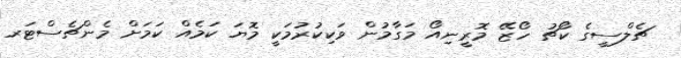
ޗެލްސީގެ ކޯޗު ހޯޒޭ މޮރީނިއޯ މަގާމުން ވަކިކުރުމަކީ މޮޔަ ކަމެއް ކަމަށް މެންޗެސްޓަރ